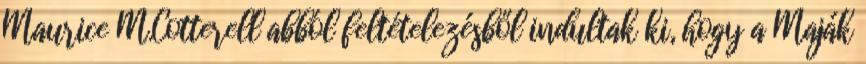
Maurice M.Cotterell abból feltételezésből indultak ki, hogy a Maják